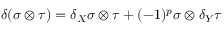
\delta ( \sigma \otimes \tau ) = \delta _ { X } \sigma \otimes \tau + ( - 1 ) ^ { p } \sigma \otimes \delta _ { Y } \tau